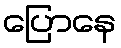
ပြောနေ